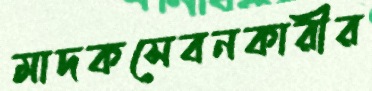
মাদকসেবনকারীর